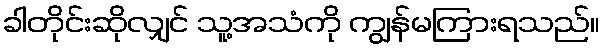
ခါတိုင်းဆိုလျှင် သူ့အသံကို ကျွန်မကြားရသည်။